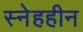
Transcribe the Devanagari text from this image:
स्नेहहीन